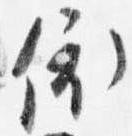
依